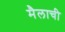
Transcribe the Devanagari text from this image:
मैलाची